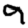
Digit: 9